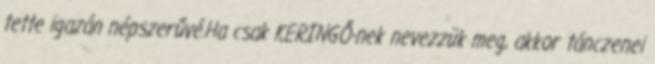
tette igazán népszerűvé.Ha csak KERINGŐ-nek nevezzük meg, akkor tánczenei